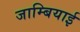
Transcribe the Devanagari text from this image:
जाम्बियाई